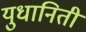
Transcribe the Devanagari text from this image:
युधानिती